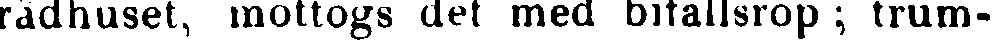
rådhuset, mottogs det med bifallsrop ; trum-